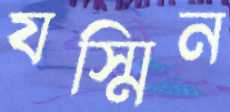
যস্মিন